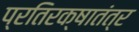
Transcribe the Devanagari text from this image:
प्रतिरक्षातंत्र